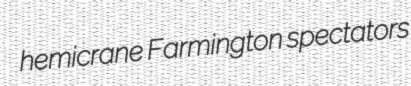
hemicrane Farmington spectators